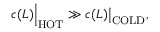
c ( L ) \Big | _ { \mathrm { H O T } } \gg c ( L ) \big | _ { \mathrm { C O L D } } ,